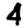
Digit: 4